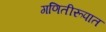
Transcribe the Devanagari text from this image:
गणितीरूपात